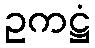
ဥကဋ္ဌံ